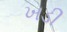
ખડી